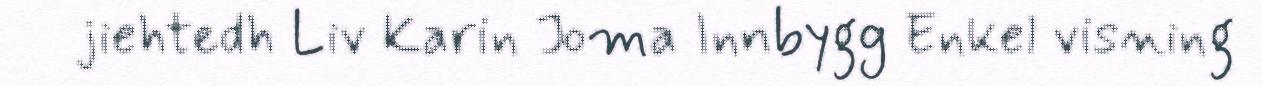
jiehtedh Liv Karin Joma Innbygg Enkel visning